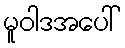
မူဝါဒအပေါ်